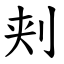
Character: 刾